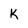
Character: K